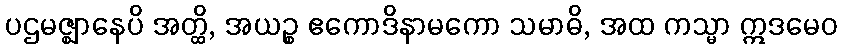
ပဌမဇ္ဈာနေပိ အတ္ထိ, အယဉ္စ ဧကောဒိနာမကော သမာဓိ, အထ ကသ္မာ ဣဒမေဝ